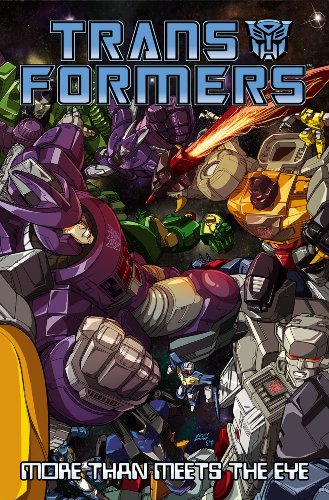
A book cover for Transformers: More than Meets the Eye Volume 2 (Transformers (Idw)) (v. 2); James McDonough; Reference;